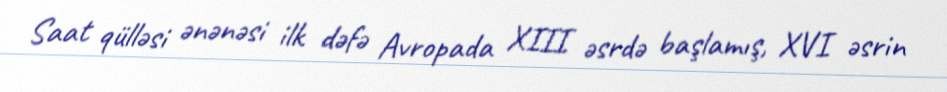
Saat qülləsi ənənəsi ilk dəfə Avropada XIII əsrdə başlamış, XVI əsrin